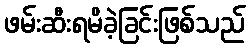
ဖမ်းဆီးရမိခဲ့ခြင်းဖြစ်သည်